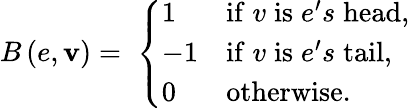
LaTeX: B\left(e,\mathbf{v}\right)=\; \left\lbrace\begin{array}{ll}{1}&{\mathrm{if}\; v\; \mathrm{is}\; e^{\prime}s\; \mathrm{head},}\\ {-1}&{\mathrm{if}\; v\; \mathrm{is}\; e^{\prime}s\; \mathrm{tail},}\\ {0}&{\mathrm{otherwise}\ldotp}\end{array}\right.